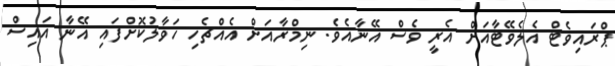
ޕްރައިވެޓް އެލެވޭޓާއަށް އެރީ ވެސް އޭނާއެވެ. ނިމްރާއަށް އެއްޗެހި ހަވާލުކޮށްފައި އޭނާ އައިސް